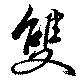
双